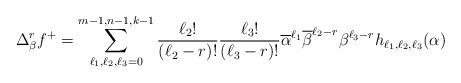
LaTeX: \begin{align*}\Delta_{\beta}^{r}f^{+} &= \sum_{\ell_{1},\ell_{2},\ell_{3}=0}^{m-1,n-1,k-1}\frac{\ell_{2}!}{(\ell_{2}-r)!}\frac{\ell_{3}!}{(\ell_{3}-r)!}\overline{\alpha}^{\ell_{1}}\overline{\beta}^{\ell_{2}-r} \beta^{\ell_{3}-r} h_{\ell_{1},\ell_{2},\ell_{3}}(\alpha) \end{align*}